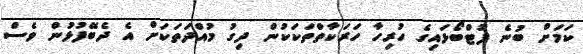
ކަމަށް ބުނެ ފުޓްބޯޅައިގެ ހުރިހާ ހަރަކާތްތަކަކުން ދިގު މުއްދަތަކަށް އެ ދެބޭފުޅުން ވެސް